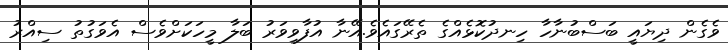
ވެގެން ދިޔައީ ބަސްބުނާހާ ހިނދުކޮޅެއްގެ ތެރޭގައެވެ.އޭނާ އުފާވިވަރު ބަލާ މީހަކަށްވެސް އެވަގުތު ސިއްރު